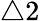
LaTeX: \triangle 2